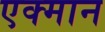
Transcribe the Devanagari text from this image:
एक्मान